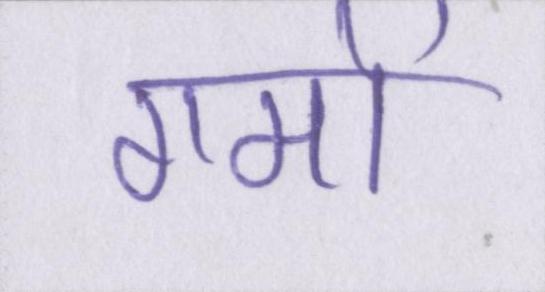
गमों